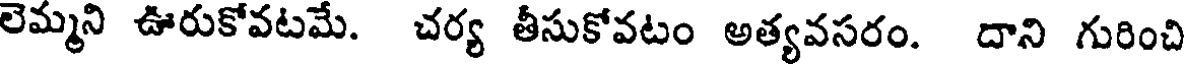
లెమ్మని ఊరుకోవటమే. చర్య తీసుకోవటం అత్యవసరం. దాని గురించి